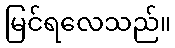
မြင်ရလေသည်။